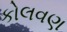
કોલવણ